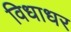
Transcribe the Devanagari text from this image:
विधाधर